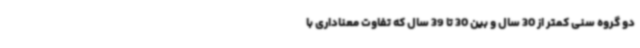
دو گروه سنی کمتر از 30 سال و بین 30 تا 39 سال که تفاوت معناداری با